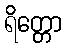
ရိတ္တော